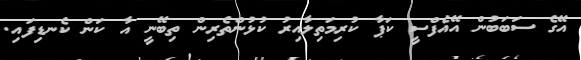
އޭގެ ސަބަބުން އޭއެފްސީ ކަޕާ ކުރިމަތިލާއިރު ކުޅުންތެރިން ތިބޭނީ އާ ކަން ކެނޑިފައި.